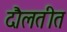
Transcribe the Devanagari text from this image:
दौलतीत